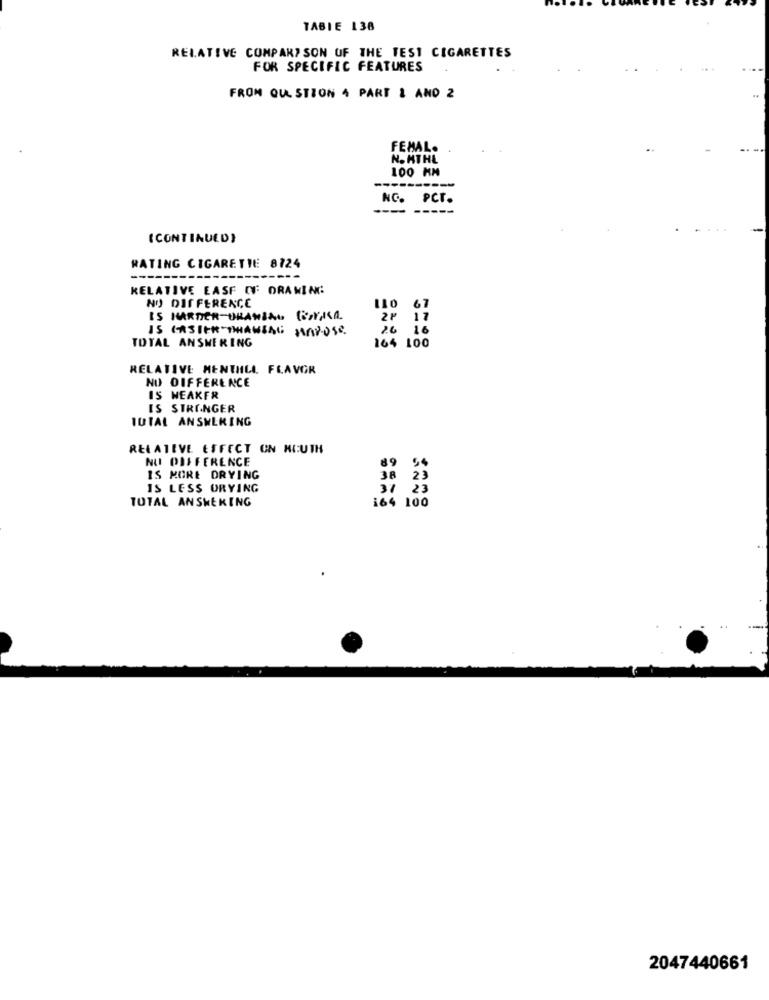
TABIE 138
RELATIVE COMPARISON OF THE TEST CIGARETTES
FOR SPECIFIC FEATURES
FROM QUESTION 4 PART & AND 2
FEMAL.
N.MTHL
100 KM
----------
NC. PCT.
(CONTINUED}
RATING CIGARETTE 8724
-----
RELATIVE EASE IT DRAWING
NO DIFFERENCE
67
IS HARDIER-URANBAR BORKA
2º
17
IS CASICH THANSAL MUNDOSe.
20 16
TOTAL ANSWERING
164 100
RELATIVE MENTILL FLAVGR
NO DIFFERENCE
IS HEAXFR
IS STRONGER
TOTAL ANSWERING
RELATIVE EFFECT ON HIUTH
NU DIFFERENCE
89
IS MORE DRYING
38
23
IS LESS ORYING
31
23
TOTAL ANSWERING
i64 100
2047440661